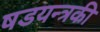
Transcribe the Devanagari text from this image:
षडयन्त्रकी